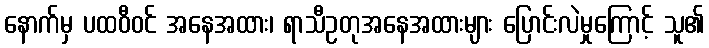
နောက်မှ ပထဝီဝင် အနေအထား၊ ရာသီဥတုအနေအထားများ ပြောင်းလဲမှုကြောင့် သူ၏